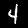
Digit: 4